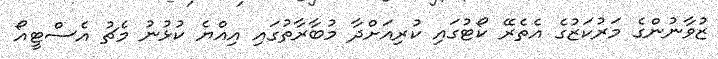
ޒުވާނުންގެ މަރުކަޒުގެ އެތެރޭ ކޯޓުގައި ކުރިއަށްދާ މުބާރާތުގައި އިއްޔެ ކުޅުނު މެޗު އެސްޓީއޯ